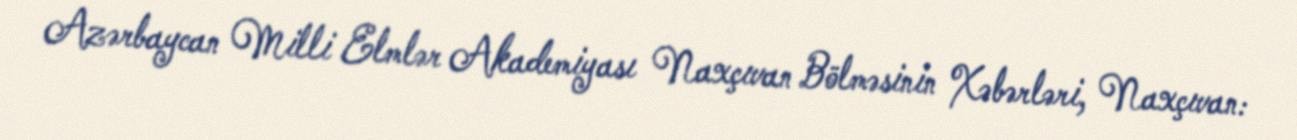
Azərbaycan Milli Elmlər Akademiyası Naxçıvan Bölməsinin Xəbərləri, Naxçıvan: